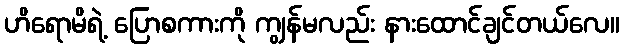
ဟိရောမိရဲ့ ပြောစကားကို ကျွန်မလည်း နားထောင်ချင်တယ်လေ။